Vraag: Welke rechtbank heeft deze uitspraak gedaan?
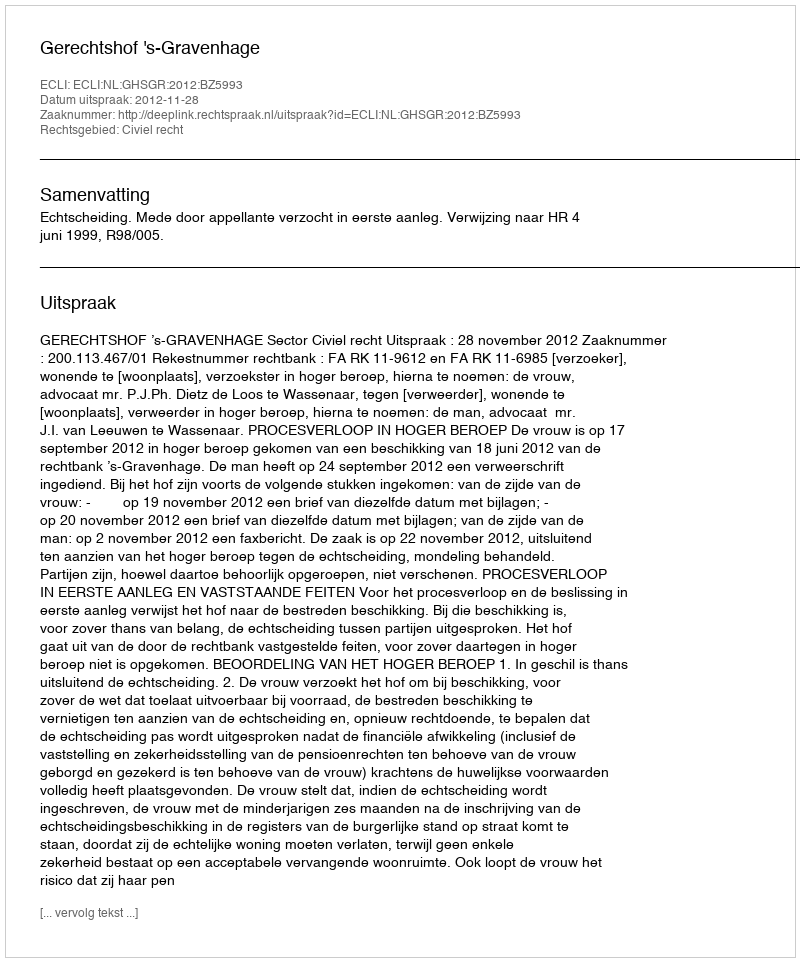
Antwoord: Gerechtshof 's-Gravenhage